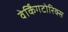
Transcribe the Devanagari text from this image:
वेर्किंगटोरिक्स